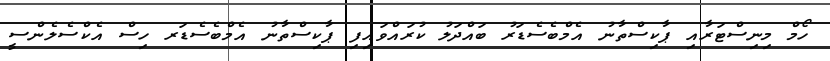
ހޯމް މިނިސްޓަރާއި ޕާކިސްތާނު އެމްބެސެޑަރު ބައްދަލު ކުރައްވައިފި ޕާކިސްތާނު އެމްބެސެޑަރ ހިސް އެކްސެލެންސީ